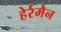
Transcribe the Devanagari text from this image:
हेर्रमैन